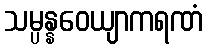
သမ္ပန္နဝေယျာကရဏံ